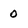
Character: 0